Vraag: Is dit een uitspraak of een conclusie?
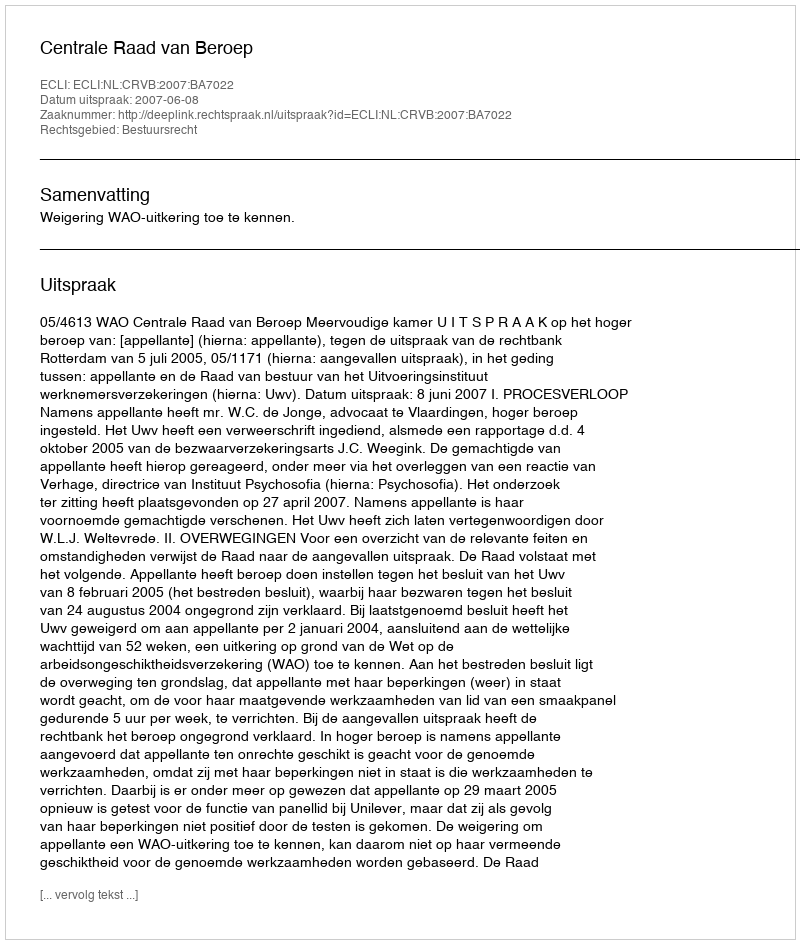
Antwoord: Uitspraak